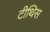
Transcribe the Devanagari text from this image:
टीथिस